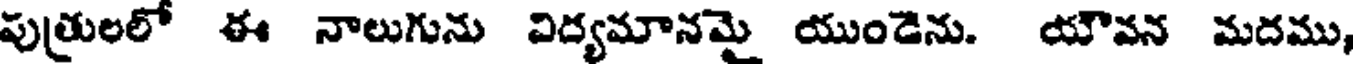
పుత్రులలో ఈ నాలుగును విద్యమానమై యుండెను. యౌవన మదము,